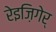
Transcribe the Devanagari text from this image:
रेइज़िगेर्